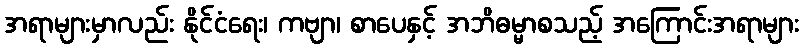
အရာများမှာလည်း နိုင်ငံရေး၊ ကဗျာ၊ စာပေနှင့် အဘိဓမ္မာစသည့် အကြောင်းအရာများ